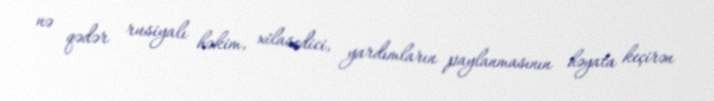
nə qədər rusiyalı həkim, xilasedici, yardımların paylanmasının həyata keçirən